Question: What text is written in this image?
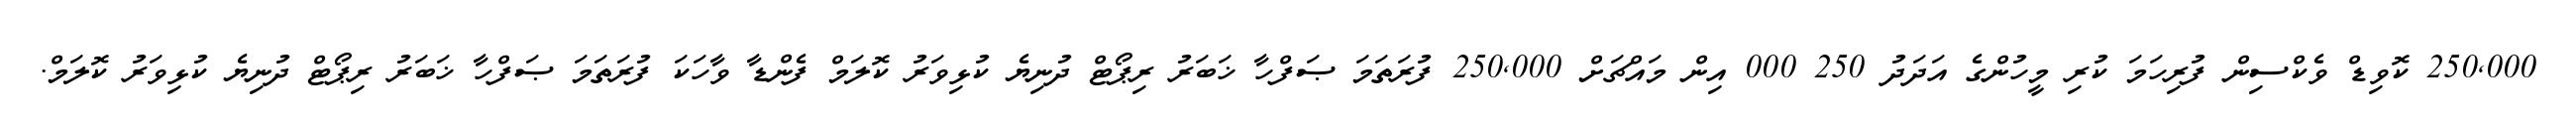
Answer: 250,000 ކޮވިޑް ވެކްސިން ފުރިހަމަ ކުރި މީހުންގެ އަދަދު 250 000 އިން މައްޗަށް 250,000 ފުރަތަމަ ޞަފްހާ ޚަބަރު ރިޕޯޓް ދުނިޔެ ކުޅިވަރު ކޮލަމް ފެންޑާ ވާހަކަ ފުރަތަމަ ޞަފްހާ ޚަބަރު ރިޕޯޓް ދުނިޔެ ކުޅިވަރު ކޮލަމް.